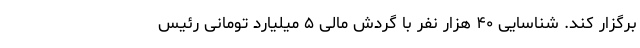
برگزار کند. شناسایی ۴۰ هزار نفر با گردش مالی ۵ میلیارد تومانی رئیس